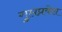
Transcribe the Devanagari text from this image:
गुप्तप्रवेश